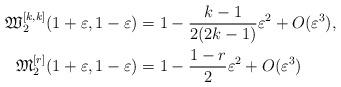
LaTeX: \begin{align*}\mathfrak{W}_2^{[k,k]}(1+\varepsilon,1-\varepsilon) & = 1 - \frac{k-1}{2(2k-1)}\varepsilon^2 + O(\varepsilon^3), \\\mathfrak{M}_2^{[r]}(1+\varepsilon,1-\varepsilon) & = 1 - \frac{1-r}{2}\varepsilon^2 + O(\varepsilon^3)\end{align*}